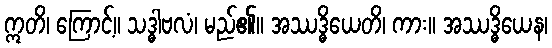
ဣတိ၊ ကြောင့်။ သဒ္ဓါဗလံ၊ မည်၏။ အဿဒ္ဓိယေတိ၊ ကား။ အဿဒ္ဓိယေန၊